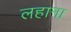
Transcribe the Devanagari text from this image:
लहाना